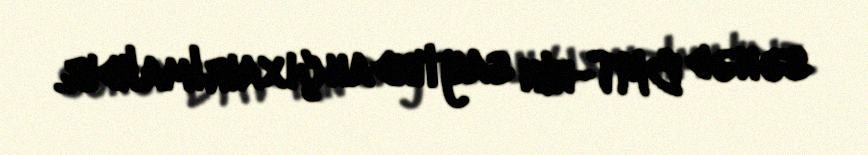
sənəd BMT-nin saytından çıxaırlmalıdır.